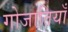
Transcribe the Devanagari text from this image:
गोजातियाँ